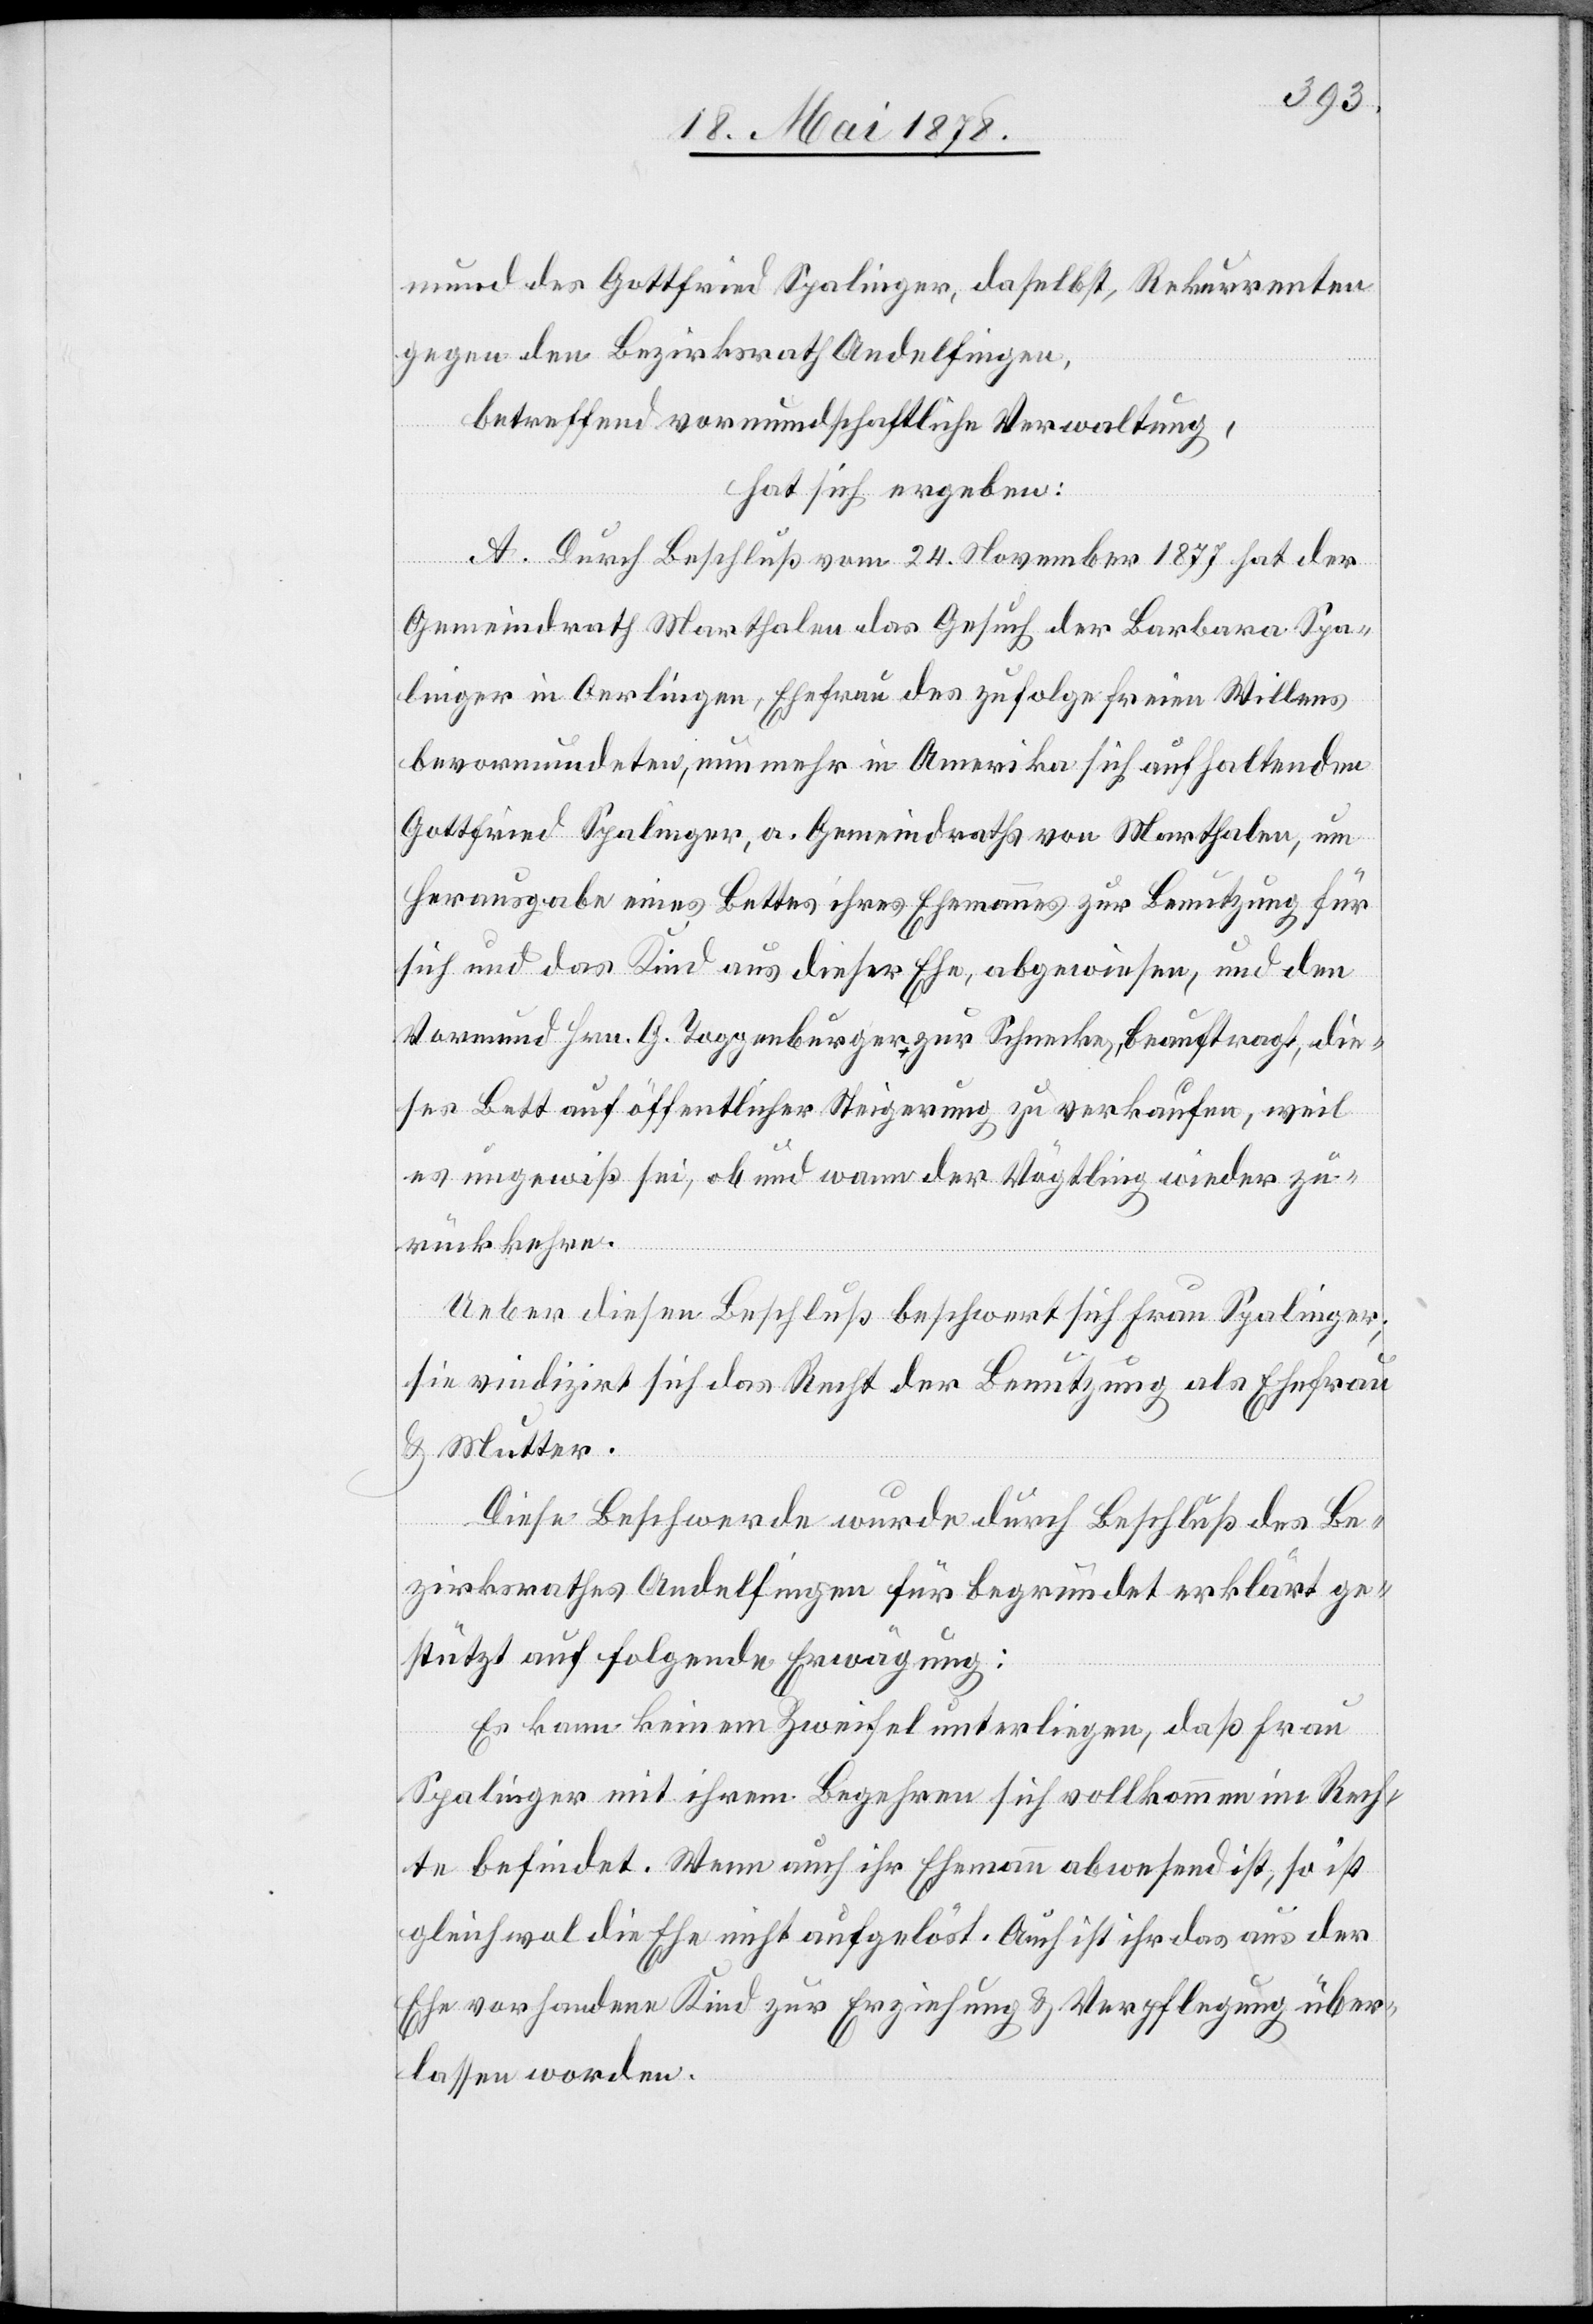
mund des Gottfried Spalinger, daselbst, Rekurrenten
gegen den Bezirksrath Andelfingen,
betreffend vormundschaftliche Verwaltung,
hat sich ergeben:
A. Durch Beschluß vom 24. November 1877 hat der
Gemeindrath Marthalen das Gesuch der Barbara Spa¬
linger in Oerlingen, Ehefrau des zufolge freien Willens
bevormundeten, nunmehr in Amerika sich aufhaltenden
Gottfried Spalinger, a. Gemeindraths von Marthalen, um
Herausgabe eines Bettes ihres Ehemanns zur Benutzung für
sich und das Kind aus dieser Ehe, abgewiesen, und den
Vormund Hrn. G. Toggenburger zur Schnecke, beauftragt, die¬
ses Bett auf öffentlicher Steigerung zu verkaufen, weil
es ungewiß sei, ob und wann der Vögtling wieder zu¬
rückkehre.
Ueber diesen Beschluß beschwert sich Frau Spalinger;
sie vindizirt sich das Recht der Benutzung als Ehefrau
& Mutter.
Diese Beschwerde wurde durch Beschluß des Be¬
zirksrathes Andelfingen für begründet erklärt ge¬
stützt auf folgende Erwägung:
Es kann keinem Zweifel unterliegen, daß Frau
Spalinger mit ihrem Begehren sich vollkommen im Rech¬
te befindet. Wenn auch ihr Ehemann abwesend ist, so ist
gleichwol die Ehe nicht aufgelöst. Auch ist ihr das aus der
Ehe vorhandene Kind zur Erziehung & Verpflegung über¬
lassen worden.